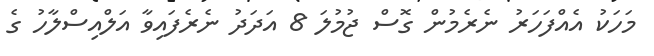
މަހަކު އެއްފަހަރު ނެރެމުން ގޮސް ޖުމުލަ 8 އަދަދު ނެރެފައިވާ އަލްއިސްލާހު ގެ